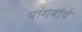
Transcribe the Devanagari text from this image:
पांगबोचे